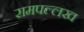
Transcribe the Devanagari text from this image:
रामपल्लख